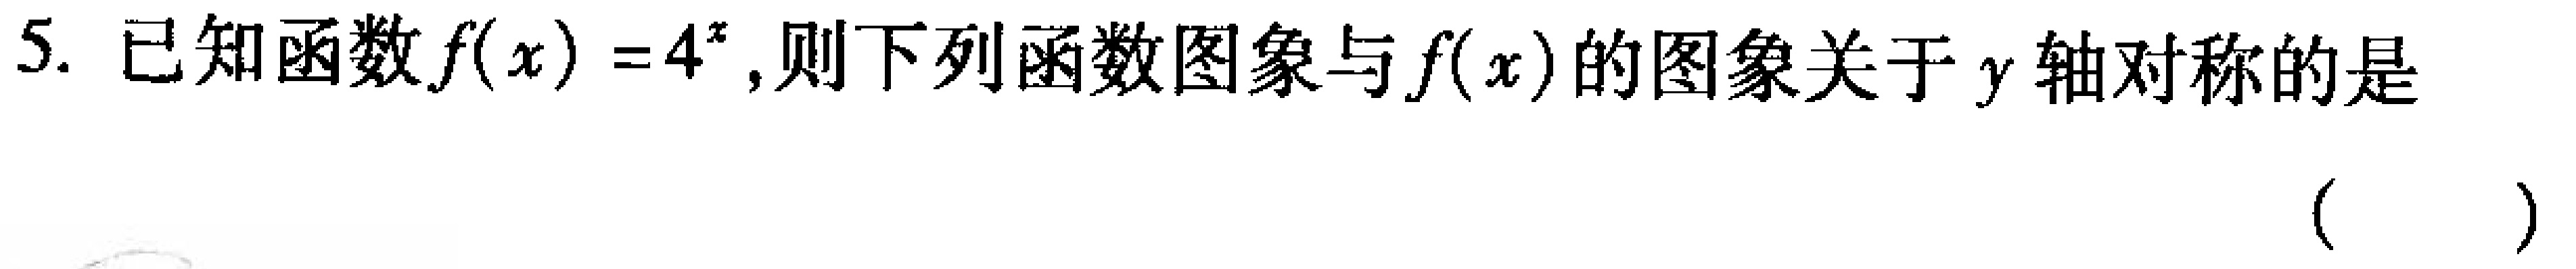
5. 已知函数\(f(x)=4^{x}\)，则下列函数图象与\(f(x)\)的图象关于\(y\)轴对称的是 （  ）